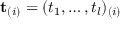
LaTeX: \mathbf { t } _ { ( i ) } = ( t _ { 1 } , \dots , t _ { l } ) _ { ( i ) }